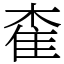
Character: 㮅